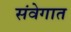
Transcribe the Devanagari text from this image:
संवेगात